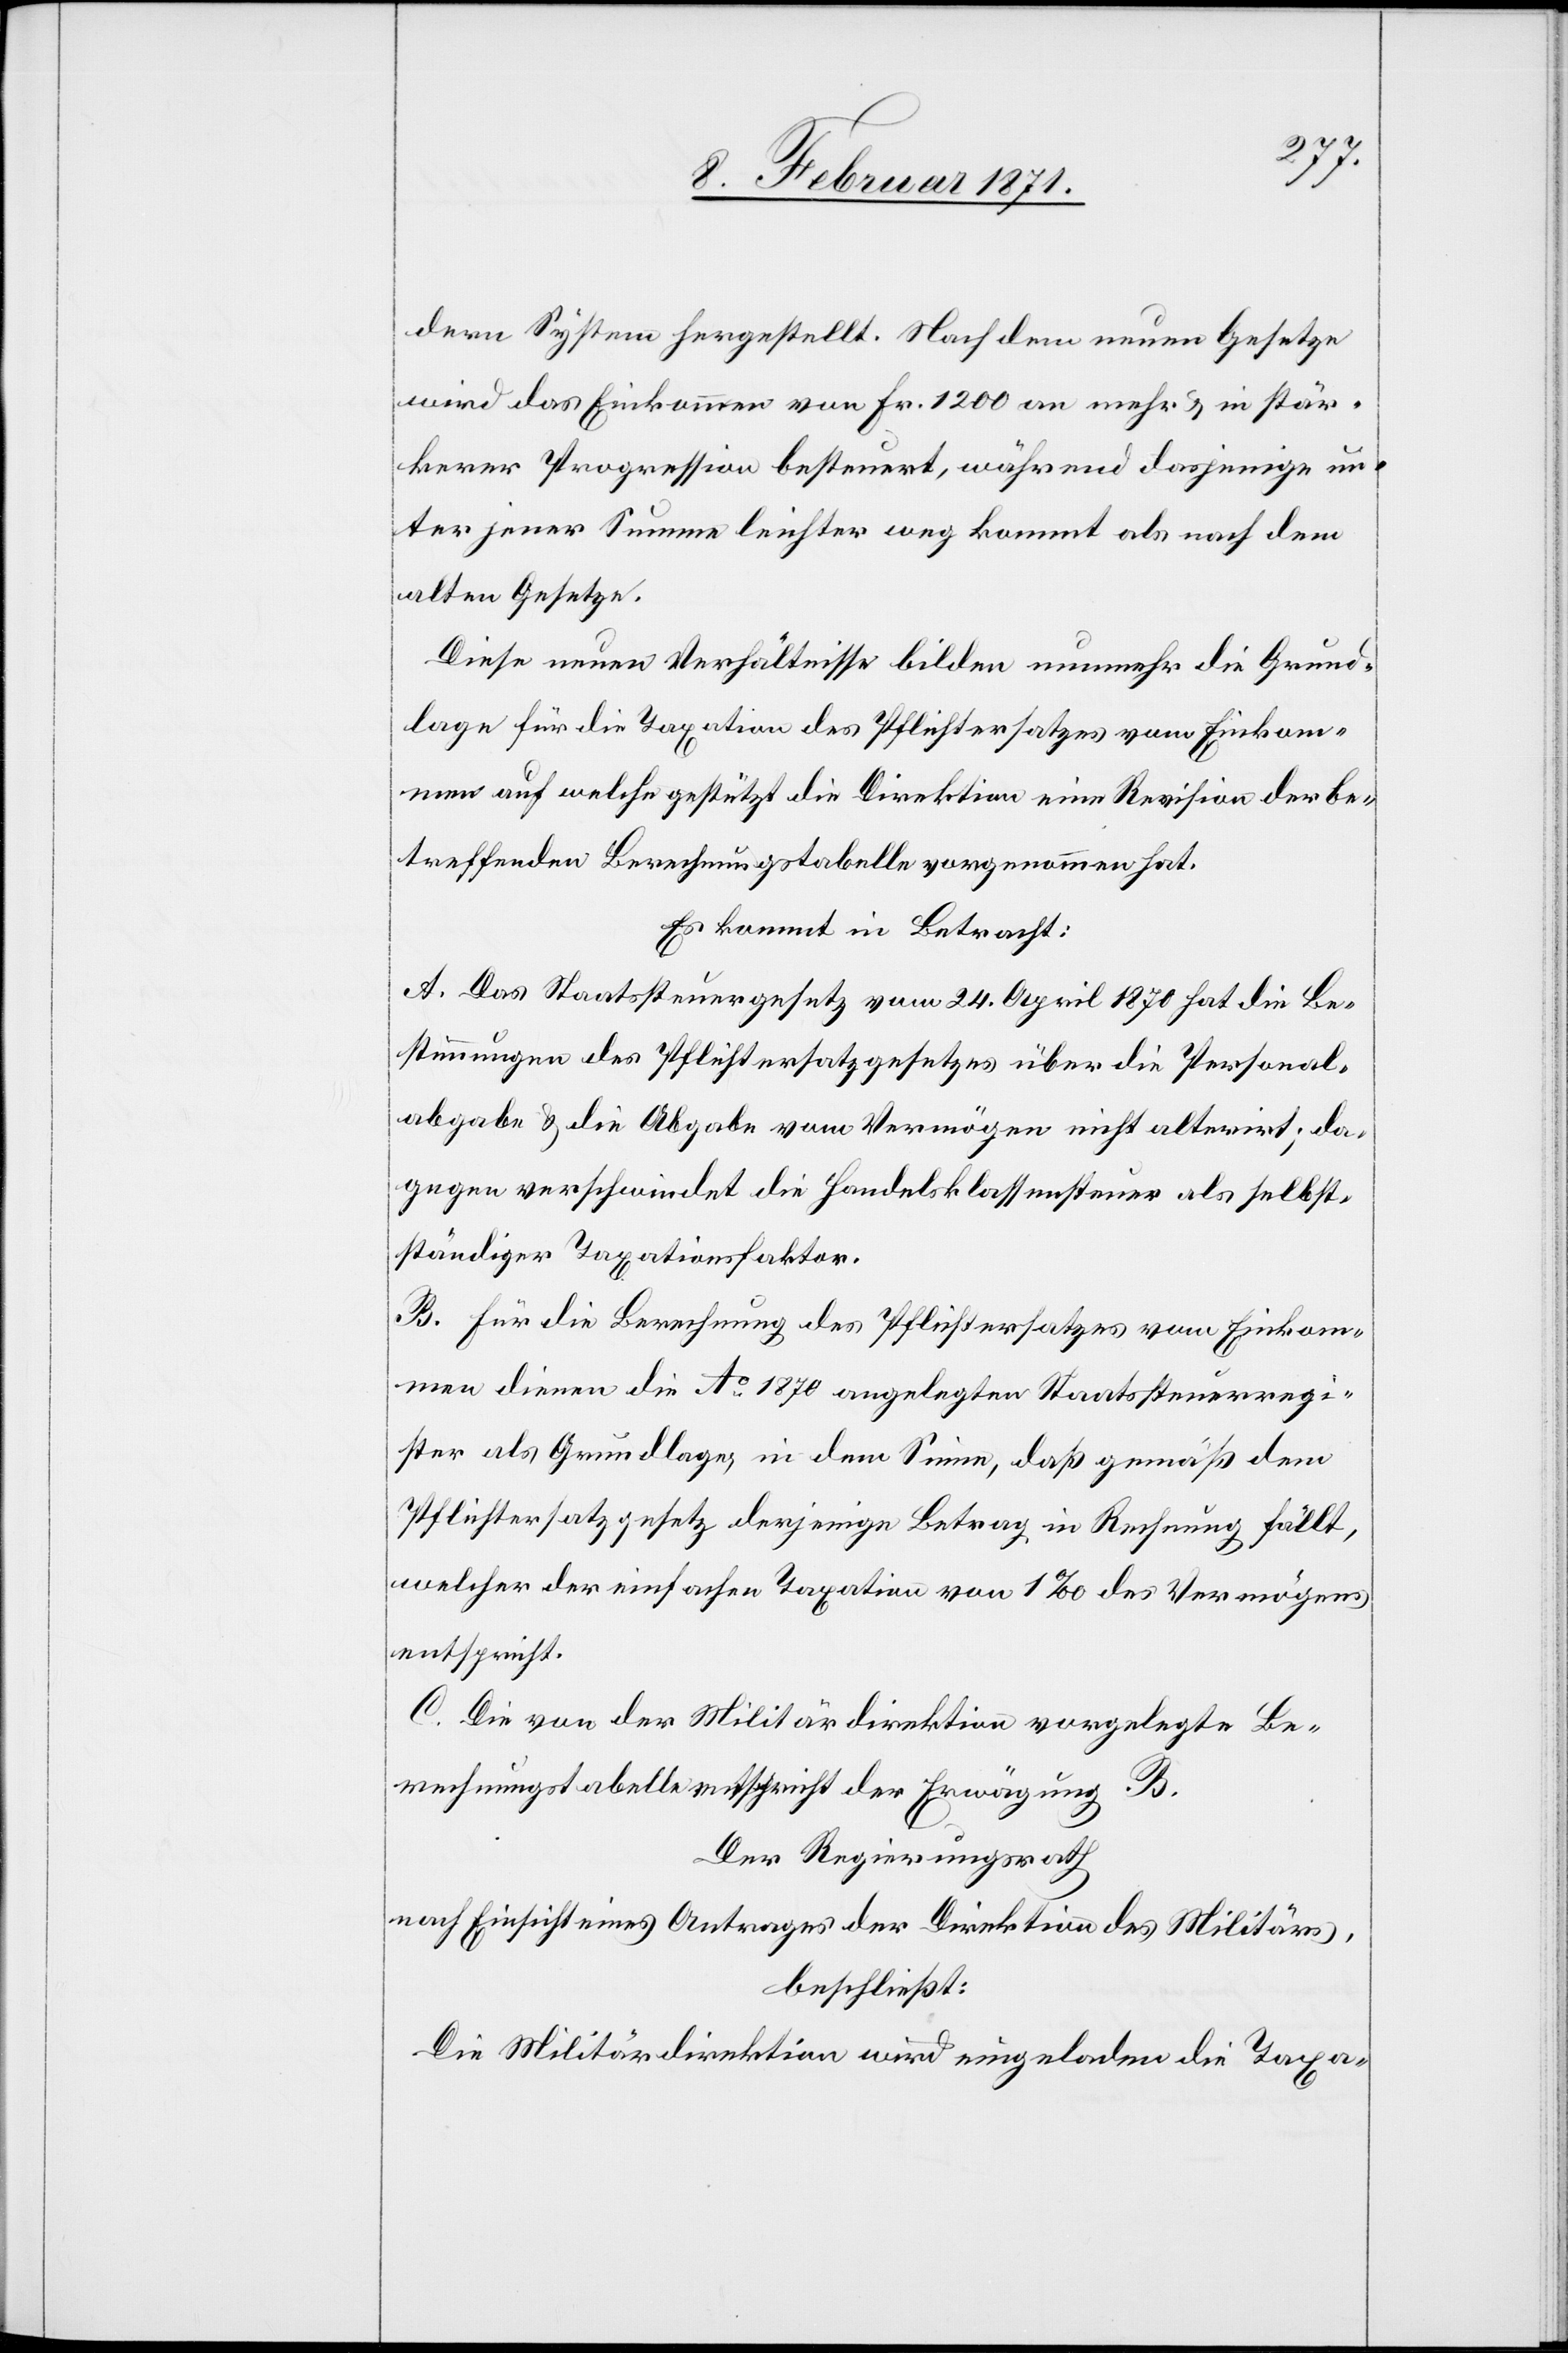
dern System hergestellt. Nach dem neuen Gesetze
wird das Einkommen von Fr. 1200 an mehr u. in stär¬
kerer Progression besteuert, während dasjenige un¬
ter jener Summe leichter weg kommt als nach dem
alten Gesetze.
Diese neuen Verhältnisse bilden nunmehr die Grund¬
lage für die Taxation des Pflichtersatzes vom Einkom¬
men auf welche gestützt die Direktion eine Revision der be¬
treffenden Berechnungstabelle vorgenommen hat.
Es kommt in Betracht:
A. Das Staatssteuergesetz vom 24. April 1870 hat die Be¬
stimmung des Pflichtersatzgesetzes über die Personal¬
abgabe u. die Abgabe vom Vermögen nicht alterirt; da¬
gegen verschwindet die Handelsklassensteuer als selbst¬
ständiger Taxationsfaktor.
B. Für die Berechnung des Pflichtersatzes vom Einkom¬
men dienen die Ao. 1870 angelegten Staatssteuerregi¬
ster als Grundlage, in dem Sinne, daß gemäß dem
Pflichtersatzgesetz derjenige Betrag in Rechnung fällt,
welcher der einfachen Taxation von 1‰ des Vermögens
entspricht.
C. Die von der Militärdirektion vorgelegte Be¬
rechnungstabelle entspricht der Erwägung B.
Der Regierungsrath
nach Einsicht eines Antrages der Direktion des Militärs,
beschließt:
Die Militärdirektion wird eingeladen die Taxa-